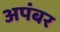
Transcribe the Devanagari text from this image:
अपंबर